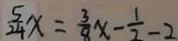
\frac { 5 } { 2 4 } x = \frac { 3 } { 8 } x - \frac { 1 } { 2 } - 2 1